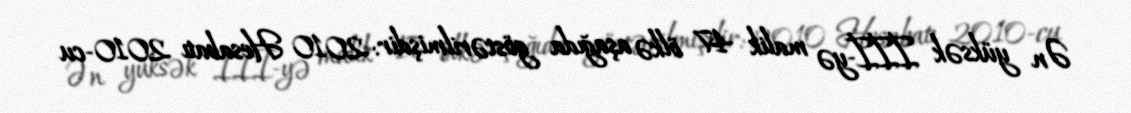
Ən yüksək İİİ-yə malik 47 ölkə aşağıda göstərilmişdir: 2010 Hesabatı 2010-cu